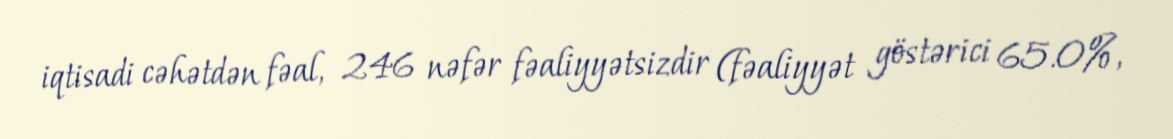
iqtisadi cəhətdən fəal, 246 nəfər fəaliyyətsizdir (fəaliyyət göstərici 65.0%,